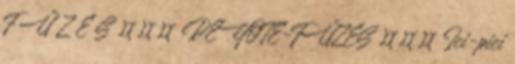
F Ű Z É S ¤¤¤ PEYOTE-FŰZÉS ¤¤¤ Ici-pici